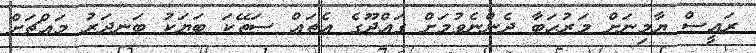
ރައީސް ޔާމިނަށް މަރުޙަބާ ދެންނެވުމަށް ގައްދޫގެ އެތައް ސަތޭކަ ބަޔަކު ބަނދަރު މައްޗަށް